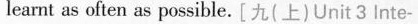
learnt as often as possible. [九(上)Unit 3 Inte-